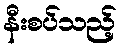
နီးစပ်သည့်